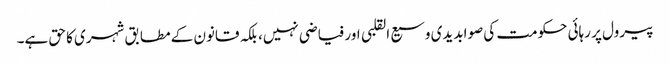
پیرول پر رہائی حکومت کی صوابدیدی وسیع القلبی اور فیاضی نہیں، بلکہ قانون کے مطابق شہری کا حق ہے۔